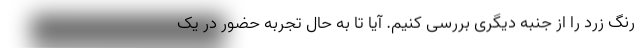
رنگ زرد را از جنبه دیگری بررسی کنیم. آیا تا به حال تجربه حضور در یک